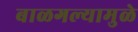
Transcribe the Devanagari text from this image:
बाळगल्यामुळे